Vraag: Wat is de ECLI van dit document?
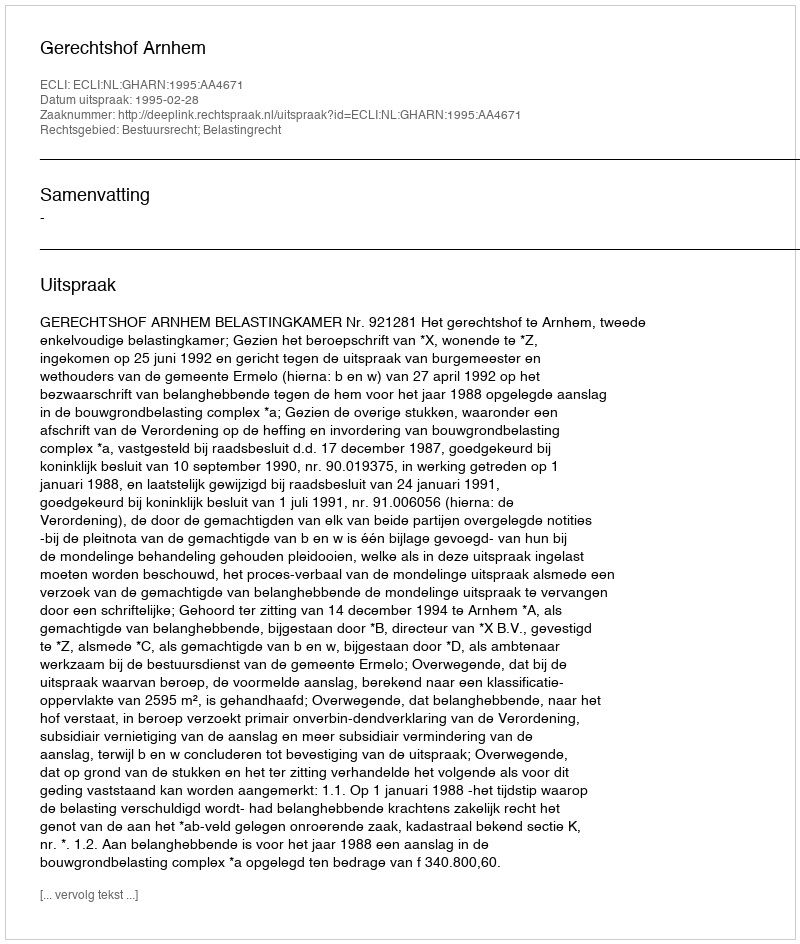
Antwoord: ECLI:NL:GHARN:1995:AA4671